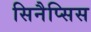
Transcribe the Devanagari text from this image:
सिनैप्सिस